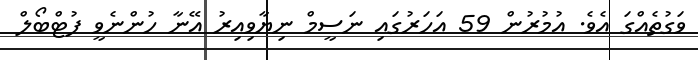
ވަގުތެއްގަ އެވެ. އުމުރުން 59 އަހަރުގައި ނަސީމް ނިޔާވިއިރު އޭނާ ހުންނެވީ ފުޓްބޯލް